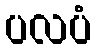
ပလပံ